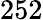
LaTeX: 252